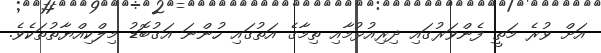
އަށް ވުރެ މަތީ ފެންވަރުގައި ދިރިއުޅުމާއި ތިމާގެ އަތުގައި ހުންނަ އަގުބޮޑު މިލްކިއްޔާތުތަކެވެ.